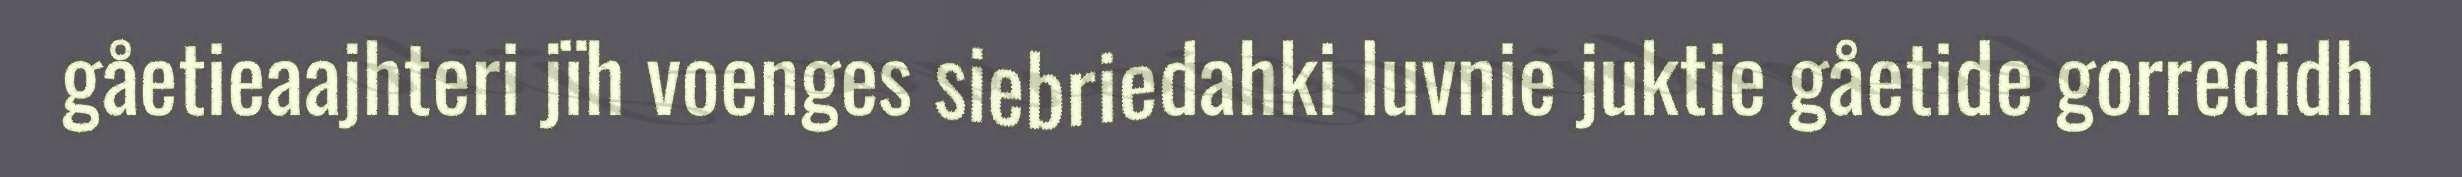
gåetieaajhteri jïh voenges siebriedahki luvnie juktie gåetide gorredidh